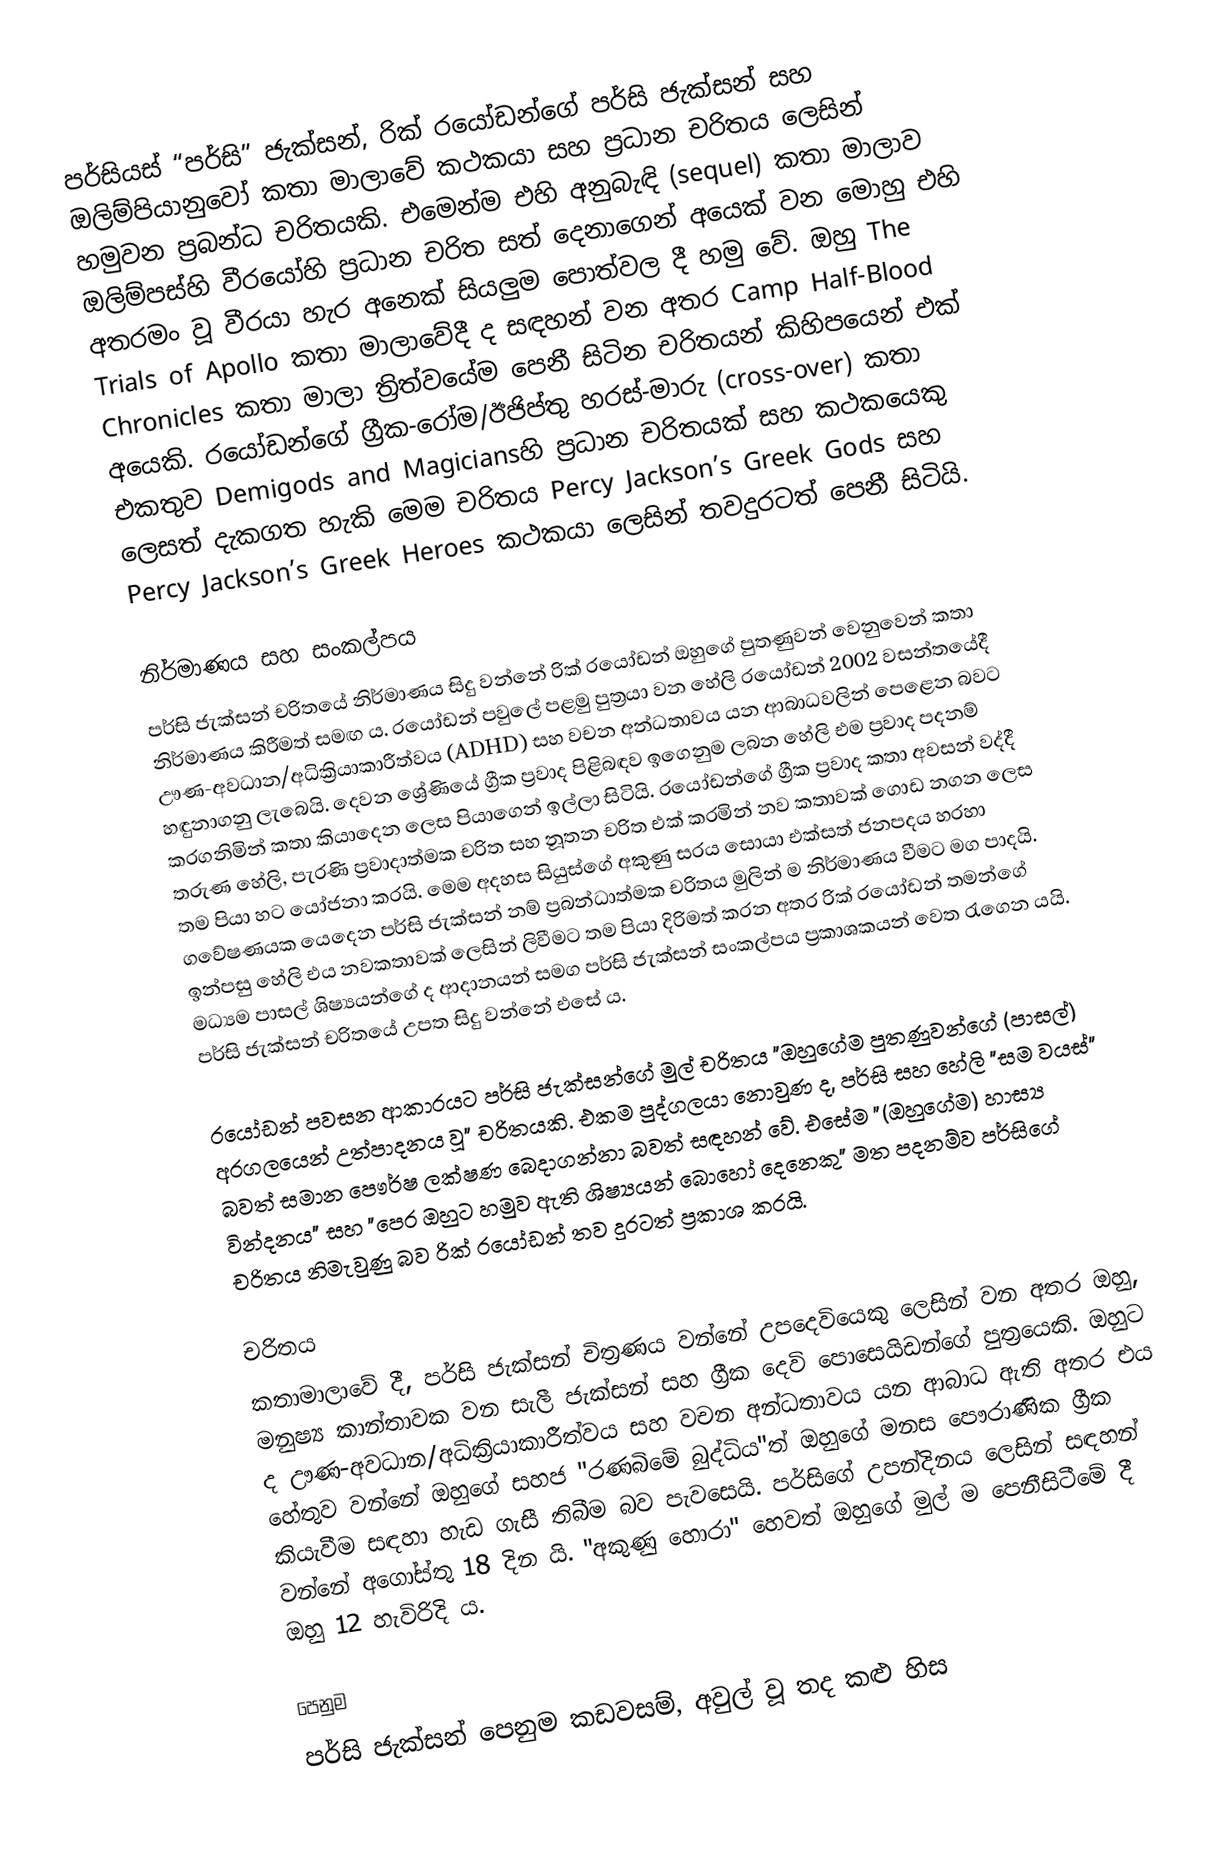
පර්සියස් “පර්සි” ජැක්සන්, රික් රයෝඩන්ගේ පර්සි ජැක්සන් සහ ඔලිම්පියානුවෝ කතා මාලාවේ කථකයා සහ ප්‍රධාන චරිතය ලෙසින් හමුවන ප්‍රබන්ධ චරිතයකි. එමෙන්ම එහි අනුබැඳි (sequel) කතා මාලාව ඔලිම්පස්හි වීරයෝහි ප්‍රධාන චරිත සත් දෙනාගෙන් අයෙක් වන මොහු එහි අතරමං වූ වීරයා හැර අනෙක් සියලුම පොත්වල දී හමු වේ. ඔහු The Trials of Apollo කතා මාලාවේදී ද සඳහන් වන අතර Camp Half-Blood Chronicles කතා මාලා ත්‍රිත්වයේම පෙනී සිටින චරිතයන් කිහිපයෙන් එක් අයෙකි. රයෝඩන්ගේ ග්‍රීක-රෝම/ඊජිප්තු හරස්-මාරු (cross-over) කතා එකතුව Demigods and Magiciansහි ප්‍රධාන චරිතයක් සහ කථකයෙකු ලෙසත් දැකගත හැකි මෙම චරිතය Percy Jackson’s Greek Gods සහ Percy Jackson’s Greek Heroes කථකයා ලෙසින් තවදුරටත් පෙනී සිටියි.

නිර්මාණය සහ සංකල්පය
පර්සි ජැක්සන් චරිතයේ නිර්මාණය සිදු වන්නේ රික් රයෝඩන් ඔහුගේ පුතණුවන් වෙනුවෙන් කතා නිර්මාණය කිරීමත් සමඟ ය. රයෝඩන් පවුලේ පළමු පුත්‍රයා වන හේලි රයෝඩන් 2002 වසන්තයේදී  ඌණ-අවධාන/අධික්‍රියාකාරීත්වය (ADHD) සහ වචන අන්ධතාවය යන ආබාධවලින් පෙළෙන බවට හඳුනාගනු ලැබෙයි. දෙවන ශ්‍රේණියේ ග්‍රීක ප්‍රවාද පිළිබඳව ඉගෙනුම ලබන හේලි එම ප්‍රවාද පදනම් කරගනිමින් කතා කියාදෙන ලෙස පියාගෙන් ඉල්ලා සිටියි. රයෝඩන්ගේ ග්‍රීක ප්‍රවාද කතා අවසන් වද්දී තරුණ හේලි, පැරණි ප්‍රවාදාත්මක චරිත සහ නූතන චරිත එක් කරමින් නව කතාවක් ගොඩ නගන ලෙස තම පියා හට යෝජනා කරයි. මෙම අදහස සියුස්ගේ අකුණු සරය සොයා එක්සත් ජනපදය හරහා ගවේෂණයක යෙදෙන පර්සි ජැක්සන් නම් ප්‍රබන්ධාත්මක චරිතය මුලින් ම නිර්මාණය වීමට මග පාදයි. ඉන්පසු හේලි එය නවකතාවක් ලෙසින් ලිවීමට තම පියා දිරිමත් කරන අතර රික් රයෝඩන් තමන්ගේ මධ්‍යම පාසල් ශිෂ්‍යයන්ගේ ද ආදානයන් සමග පර්සි ජැක්සන් සංකල්පය ප්‍රකාශකයන් වෙත රැගෙන යයි. පර්සි ජැක්සන් චරිතයේ උපත සිදු වන්නේ එසේ ය.

රයෝඩන් පවසන ආකාරයට පර්සි ජැක්සන්ගේ මුල් චරිතය "ඔහුගේම පුතණුවන්ගේ (පාසල්) අරගලයෙන් උත්පාදනය වූ" චරිතයකි. එකම පුද්ගලයා නොවුණ ද, පර්සි සහ හේලි "සම වයස්" බවත් සමාන පෞර්ෂ ලක්ෂණ බෙදාගන්නා බවත් සඳහන් වේ. එසේම "(ඔහුගේම) හාස්‍ය වින්දනය" සහ "පෙර ඔහුට හමුව ඇති ශිෂ්‍යයන් බොහෝ දෙනෙකු" මත පදනම්ව පර්සිගේ චරිතය නිමැවුණු බව රික් රයෝඩන් තව දුරටත් ප්‍රකාශ කරයි.

චරිතය
කතාමාලාවේ දී, පර්සි ජැක්සන් චිත්‍රණය වන්නේ උපදෙවියෙකු ලෙසින් වන අතර ඔහු, මනුෂ්‍ය කාන්තාවක වන සැලී ජැක්සන් සහ ග්‍රීක දෙවි පොසෙයිඩන්ගේ පුත්‍රයෙකි. ඔහුට ද ඌණ-අවධාන/අධික්‍රියාකාරීත්වය සහ වචන අන්ධතාවය යන ආබාධ ඇති අතර එය හේතුව වන්නේ ඔහුගේ සහජ "රණබිමේ බුද්ධිය"ත් ඔහුගේ මනස පෞරාණික ග්‍රීක කියැවීම සඳහා හැඩ ගැසී තිබීම බව පැවසෙයි. පර්සිගේ උපන්දිනය ලෙසින් සඳහන් වන්නේ අගෝස්තු 18 දින යි. "අකුණු හොරා" හෙවත් ඔහුගේ මුල් ම පෙනීසිටීමේ දී ඔහු 12 හැවිරිදි ය.

පෙනුම
පර්සි ජැක්සන් පෙනුම කඩවසම්, අවුල් වූ තද කළු හිස